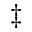
^ \ddag